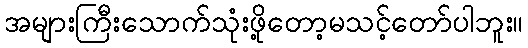
အများကြီးသောက်သုံးဖို့တော့မသင့်တော်ပါဘူး။